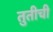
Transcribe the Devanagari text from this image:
तुतीची